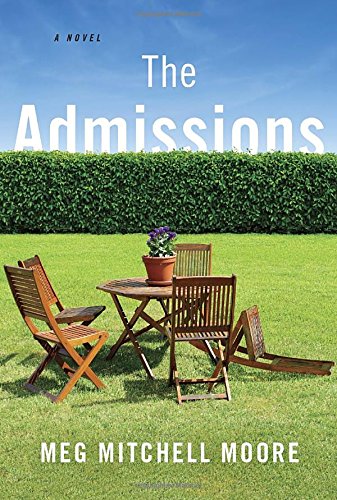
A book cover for The Admissions: A Novel; Meg Mitchell Moore; Literature & Fiction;